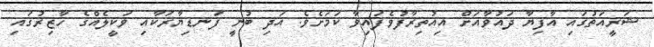
ޝަރީއަތުގައި އާފިޔާ ދައުވާއަށް އިއުތިރާފުވެފައިވާ ކަމަށެވެ. އަދި ބުނީ ފަނޑިޔާރަކާއި ވަކީލެއްގެ ހާޒިރުގައި